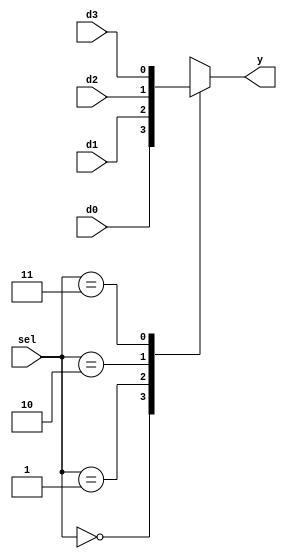
`timescale 1ns / 1ps
//////////////////////////////////////////////////////////////////////////////////
// Company: 
// Engineer: 
// 
// Design Name: 
// Module Name: four_one_mux
// Project Name: 
// Target Devices: 
// Tool Versions: 
// Description: 
// 
// Dependencies: 
// 
// Revision:
// Revision 0.01 - File Created
// Additional Comments:
// 
//////////////////////////////////////////////////////////////////////////////////


module four_one_mux(
    input d0,d1,d2,d3,
    output reg y,
    input [1:0] sel
    );
    
    always@(*)
    begin
    case(sel)
    2'b00: y=d0;
    2'b01: y=d1;
    2'b10: y=d2;
    2'b11: y=d3;
    endcase
    end
endmodule